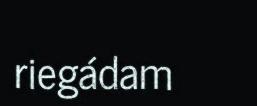
riegádam